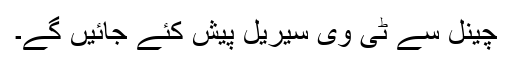
چینل سے ٹی وی سیریل پیش کئے جائیں گے۔